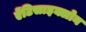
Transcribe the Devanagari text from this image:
ऐंटिसाइक्लोन